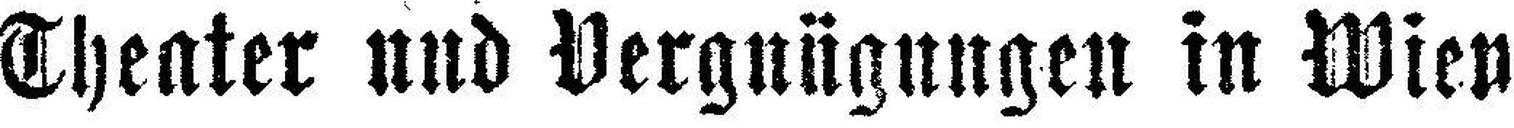
Theater und Vergnügungen in Wien